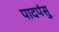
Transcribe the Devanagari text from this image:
पादपंसु